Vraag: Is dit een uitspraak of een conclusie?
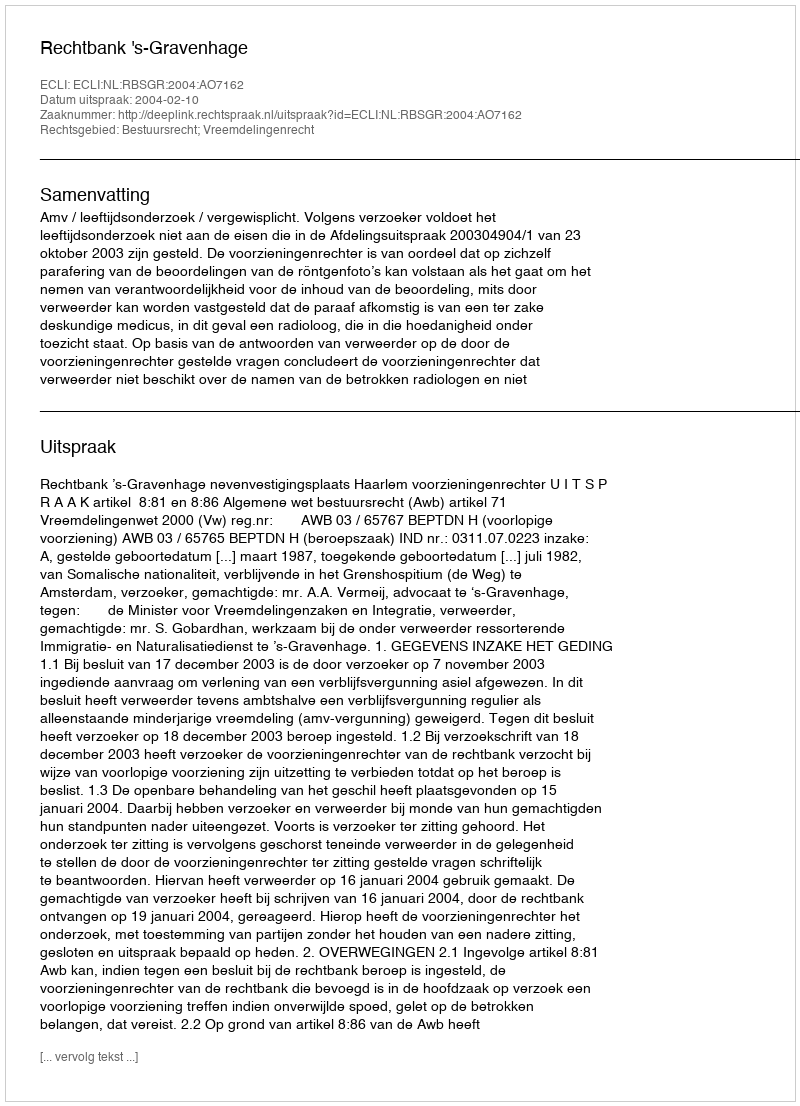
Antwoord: Uitspraak